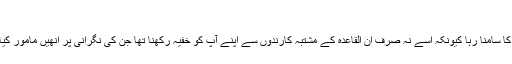
“
امریکی سی آئی اے کی ٹیم کو بن لادن کی پناہ گاہ کی نگرانی کے دوران بہت مشکلات کا سامنا رہا کیونکہ اُسے نہ صرف اُن القاعدہ کے مشتبہ کارندوں سے اپنے آپ کو خفیہ رکھنا تھا جن کی نگرانی پر اُنھیں مامور کیا گیا بلکہ مقامی باشندوں، پولیس اور خفیہ ایجنسیوں کی نظروں سے بھی بچنا پڑ رہا تھا۔